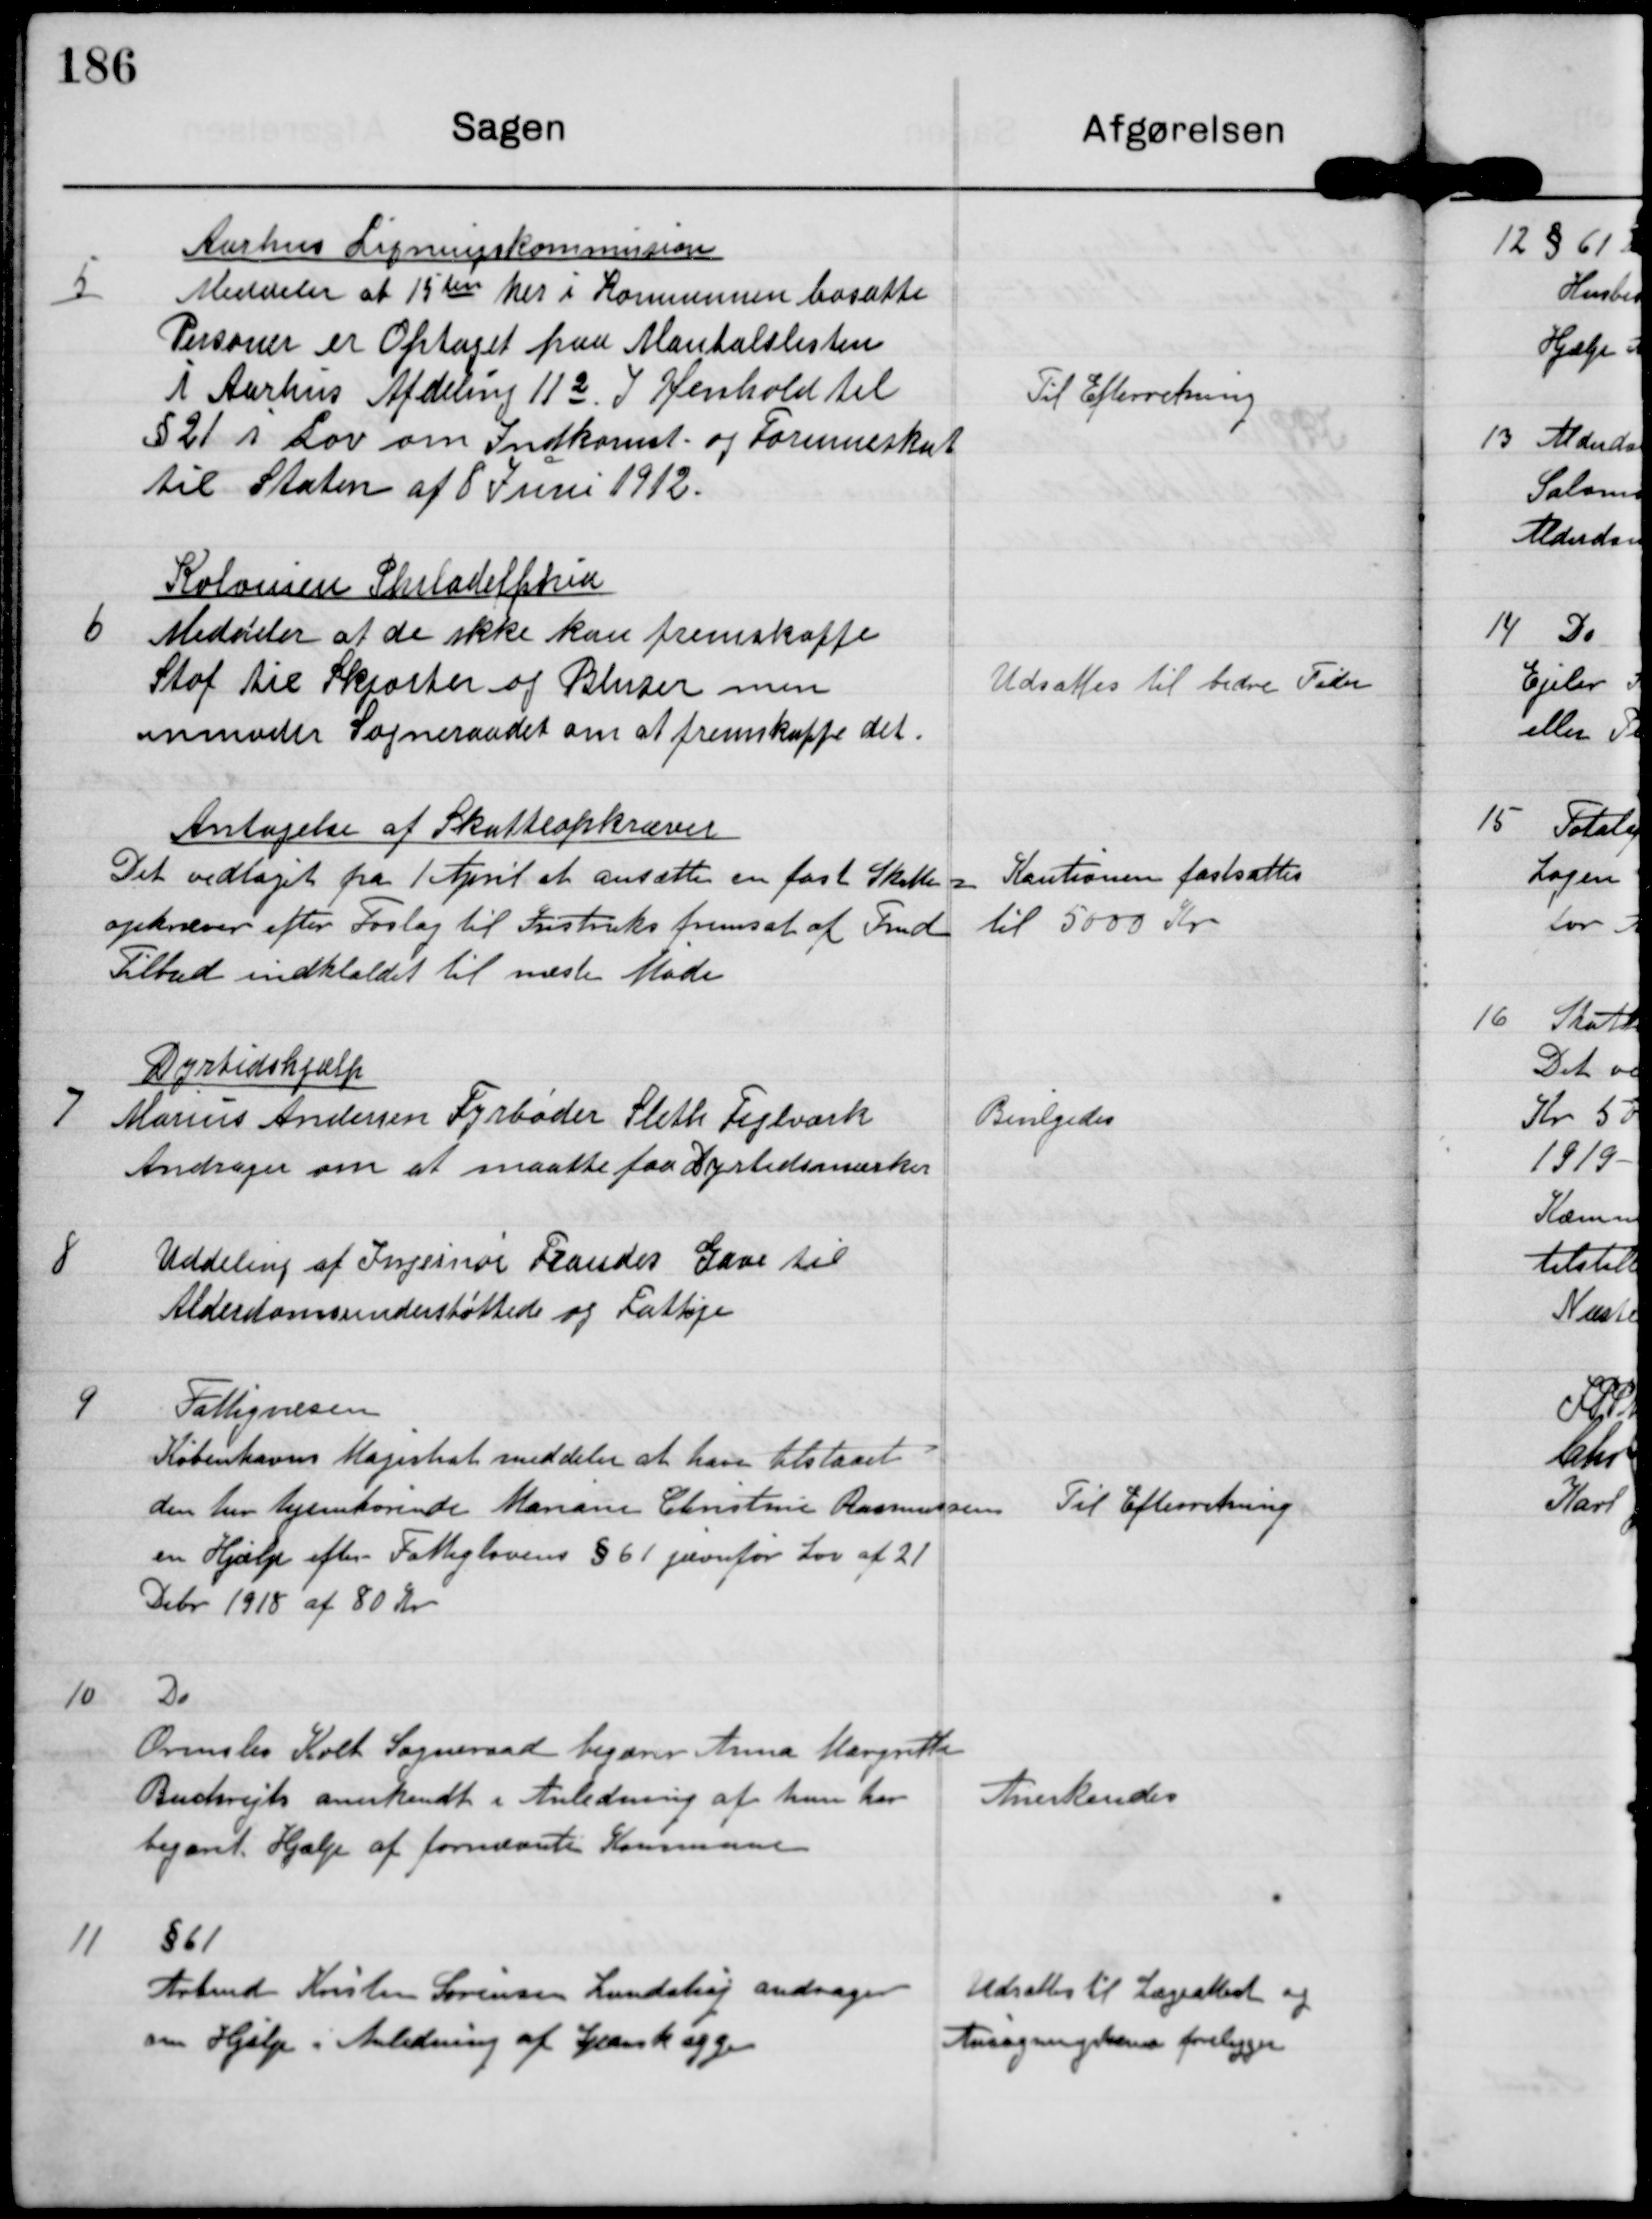
Transskription:
5

Aarhus Ligningskommission
Meddeler at 15ten her i Kommunen bosatte
Personer er Optaget paa Mantalslisten
i Aarhus Afdeling 112 I Henhold til
§21 i Lov om Indkomst og Formueskat
til Staten af 8 Juni 1912.

Til Efterretning

6

Kolonien Philadelphia
Meddeler at de ikke kan fremskaffe
Stof til Skjorter og Bluser men
anmoder Sogneraadet om at fremskaffe det.

Udsattes til bedre Tider

Antagelse af Skatteopkræver
Det vedtaget fra 1 April at ansætte en fast Skatte-
opkræver efter Forslag til Instruks fremsat af Fmd
Tilbud indklaldet til næste Møde

Kautionen fastsattes
til 5000 Kr.

7

Dyrtidshjælp
Marius Andersen Fyrbøder Sleth Teglværk
Andrager om at maatte faa Dyrtidsmærker

Bevilgedes

8

Uddeling af Ingeniør Frandes Gave til
Alderdomsunderstøttede og Fattige

9

Fattigvæsen
København Magistrat meddeler at have tilstaaet
den her hjemhørende Mariane Christine Rasmussen
en Hjælp efter Fattiglovens §61 jævnfør Lov af 21
Debr. 1918 af 80 Kr.

Til Efterretning

10

Do
Ormslev Kolt Sogneraad begærer Anna Margrethe
Buchrejts anerkendt i Anledning af hun har
begæret Hjælp af førnævnte Kommune.

Anerkendes

11

§61
Arbmd Kristen Sørensen Lundshøj andrager
om Hjælp i Anledning af Spansk syge

Udsattes til Lægeattest og
Ansøgningsskema foreligger